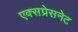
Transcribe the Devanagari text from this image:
एक्सप्रेसनेट